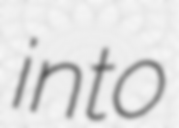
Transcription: into